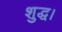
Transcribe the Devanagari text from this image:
शुद्ध।